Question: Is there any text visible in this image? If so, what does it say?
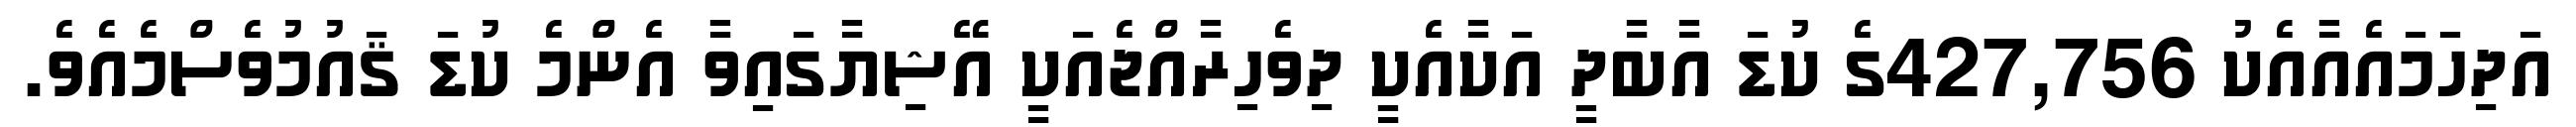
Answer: އަދިހަމައެއާއެކު 427,756ގެ ކުޑަ އާބާދީ އަކާއެކީ ދިވެހިރާއްޖެއަކީ އޭޝިޔާގައިވާ އެންމެ ކުޑަ ޤައުމުވެސްމެއެވެ.